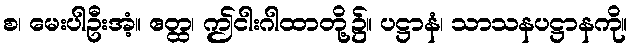
စ၊ မေးပါဦးအံ့။ ဧတ္ထ၊ ဤငါးဂါထာတို့၌။ ပဋ္ဌာနံ၊ သာသနပဋ္ဌာနကို။